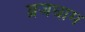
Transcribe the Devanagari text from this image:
ब्रजधाम